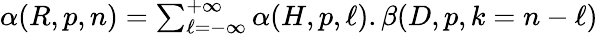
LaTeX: \begin{array}{r}{\alpha(R,p,n)=\sum_{\ell=-\infty}^{+\infty}\alpha(H,p,\ell).\beta(D,p,k=n-\ell)}\end{array}